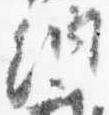
納